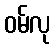
ဝမ်လု